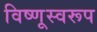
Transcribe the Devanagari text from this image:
विष्णूस्वरूप